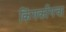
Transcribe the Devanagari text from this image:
किंगकाँगचा